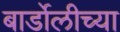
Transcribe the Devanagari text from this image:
बार्डोलीच्या